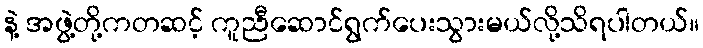
နဲ့ အဖွဲ့တို့ကတဆင့် ကူညီဆောင်ရွက်ပေးသွားမယ်လို့သိရပါတယ်။